Rangoon Lunatic Asylum 1893-1897 - 1893-1897
Year: 1893
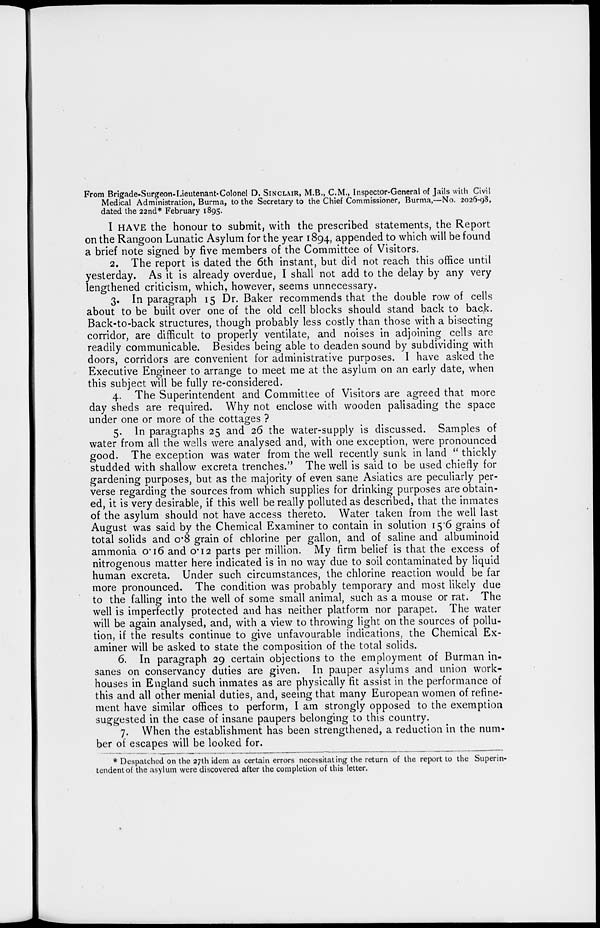
From Brigade-Surgeon-Lieutenant-Colonel D. SINCLAIR, M.B., C.M., Inspector-General of Jails with Civil
Medical Administration, Burma, to the Secretary to the Chief Commissioner, Burma,—No. 2026-98,
dated the 22nd* February 1895.
I HAVE the honour to submit, with the prescribed statements, the Report
on the Rangoon Lunatic Asylum for the year 1894, appended to which will be found
a brief note signed by five members of the Committee of Visitors.
2. The report is dated the 6th instant, but did not reach this office until
yesterday. As it is already overdue, I shall not add to the delay by any very
lengthened criticism, which, however, seems unnecessary.
3. In paragraph 15 Dr. Baker recommends that the double row of cells
about to be built over one of the old cell blocks should stand back to back.
Back-to-back structures, though probably less costly than those with a bisecting
corridor, are difficult to properly ventilate, and noises in adjoining cells are
readily communicable. Besides being able to deaden sound by subdividing with
doors, corridors are convenient for administrative purposes. I have asked the
Executive Engineer to arrange to meet me at the asylum on an early date, when
this subject will be fully re-considered.
4. The Superintendent and Committee of Visitors are agreed that more
day sheds are required. Why not enclose with wooden palisading the space
under one or more of the cottages ?
5. In paragraphs 25 and 26 the water-supply is discussed. Samples of
water from all the wells were analysed and, with one exception, were pronounced
good. The exception was water from the well recently sunk in land " thickly
studded with shallow excreta trenches." The well is said to be used chiefly for
gardening purposes, but as the majority of even sane Asiatics are peculiarly per-
verse regarding the sources from which supplies for drinking purposes are obtain-
ed, it is very desirable, if this well be really polluted as described, that the inmates
of the asylum should not have access thereto. Water taken from the well last
August was said by the Chemical Examiner to contain in solution 15.6 grains of
total solids and 0.8 grain of chlorine per gallon, and of saline and albuminoid
ammonia 0.16 and 0.12 parts per million. My firm belief is that the excess of
nitrogenous matter here indicated is in no way due to soil contaminated by liquid
human excreta. Under such circumstances, the chlorine reaction would be far
more pronounced. The condition was probably temporary and most likely due
to the falling into the well of some small animal, such as a mouse or rat. The
well is imperfectly protected and has neither platform nor parapet. The water
will be again analysed, and, with a view to throwing light on the sources of pollu-
tion, if the results continue to give unfavourable indications, the Chemical Ex-
aminer will be asked to state the composition of the total solids.
6. In paragraph 29 certain objections to the employment of Burman in-
sanes on conservancy duties are given. In pauper asylums and union work-
houses in England such inmates as are physically fit assist in the performance of
this and all other menial duties, and, seeing that many European women of refine-
ment have similar offices to perform, I am strongly opposed to the exemption
suggested in the case of insane paupers belonging to this country.
7. When the establishment has been strengthened, a reduction in the num-
ber of escapes will be looked for.
* Despatched on the 27th idem as certain errors necessitating the return of the report to the Superin-
tendent of the asylum were discovered after the completion of this letter.